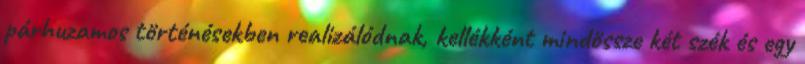
párhuzamos történésekben realizálódnak, kellékként mindössze két szék és egy